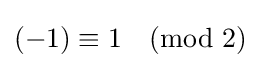
(-1)\equiv 1{\pmod {2}}